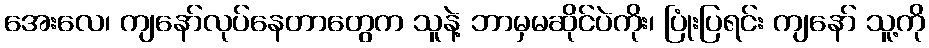
အေးလေ၊ ကျနော်လုပ်နေတာတွေက သူနဲ့ ဘာမှမဆိုင်ပဲကိုး၊ ပြုံးပြရင်း ကျနော် သူ့ကို